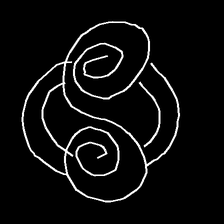
Glyph: wind-underfoot